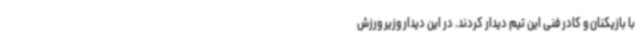
با بازیکنان و کادر فنی این تیم دیدار کردند. در این دیدار وزیر ورزش